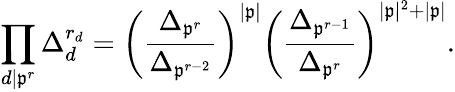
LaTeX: \prod_{d|\mathfrak{p}^{r}}\Delta_{d}^{r_{d}}=\left(\frac{\Delta_{\mathfrak{p}^{r}}}{\Delta_{\mathfrak{p}^{r-2}}}\right)^{|\mathfrak{p}|}\left(\frac{\Delta_{\mathfrak{p}^{r-1}}}{\Delta_{\mathfrak{p}^{r}}}\right)^{|\mathfrak{p}|^{2}+|\mathfrak{p}|}.